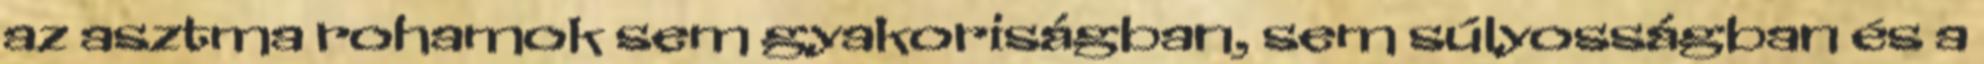
az asztma rohamok sem gyakoriságban, sem súlyosságban és a